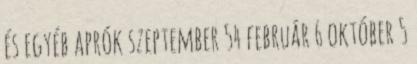
és egyéb aprók szeptember 54 február 6 október 5